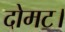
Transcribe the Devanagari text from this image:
दोमट।